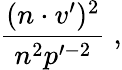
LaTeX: \frac{(n\cdot v^{\prime})^{2}}{n^{2}p^{\prime-2}}\; ,